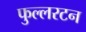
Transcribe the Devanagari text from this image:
फुल्लरटन